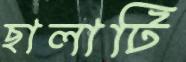
ছালাটি